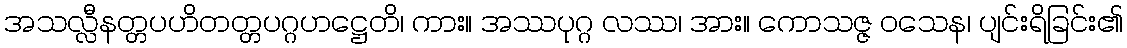
အသလ္လီနတ္တပဟိတတ္တပဂ္ဂဟဋ္ဌေတိ၊ ကား။ အဿပုဂ္ဂ လဿ၊ အား။ ကောသဇ္ဇ ဝသေန၊ ပျင်းရိခြင်း၏